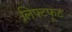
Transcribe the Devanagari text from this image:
लिफ्टफूट